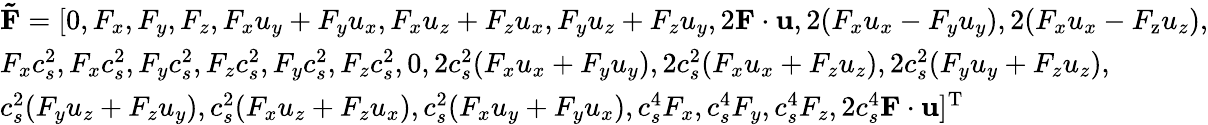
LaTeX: \begin{array}{l}{{\mathbf{\tilde{F}}}=[0,{F_{x}},{F_{y}},{F_{z}},{F_{x}}{u_{y}}+{F_{y}}{u_{x}},{F_{x}}{u_{z}}+{F_{z}}{u_{x}},{F_{y}}{u_{z}}+{F_{z}}{u_{y}},2{\mathbf{F}}\cdot{\mathbf{u}},2({F_{x}}{u_{x}}-{F_{y}}{u_{y}}),2({F_{x}}{u_{x}}-{F_{\mathrm{{z}}}}{u_{z}}),}\\ {{F_{x}}c_{s}^{2},{F_{x}}c_{s}^{2},{F_{y}}c_{s}^{2},{F_{z}}c_{s}^{2},{F_{y}}c_{s}^{2},{F_{z}}c_{s}^{2},0,2c_{s}^{2}({F_{x}}{u_{x}}+{F_{y}}{u_{y}}),2c_{s}^{2}({F_{x}}{u_{x}}+{F_{z}}{u_{z}}),2c_{s}^{2}({F_{y}}{u_{y}}+{F_{z}}{u_{z}}),}\\ {c_{s}^{2}({F_{y}}{u_{z}}+{F_{z}}{u_{y}}),c_{s}^{2}({F_{x}}{u_{z}}+{F_{z}}{u_{x}}),c_{s}^{2}({F_{x}}{u_{y}}+{F_{y}}{u_{x}}),c_{s}^{4}{F_{x}},c_{s}^{4}{F_{y}},c_{s}^{4}{F_{z}},2c_{s}^{4}{\mathbf{F}}\cdot{\mathbf{u}}{]^{\mathrm{T}}}}\end{array}